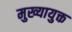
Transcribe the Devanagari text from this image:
मुख्यायुक्त